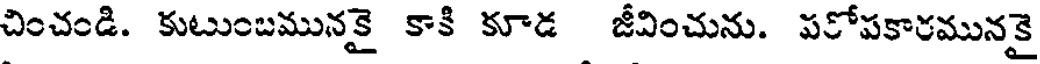
చించండి. కుటుంబమునకై కాకి కూడ జీవించును. పరోపకారమునకై